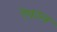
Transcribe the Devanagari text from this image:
ऐकाल